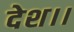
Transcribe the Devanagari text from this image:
देश।।